Civil Veterinary Department ledger series I-VI
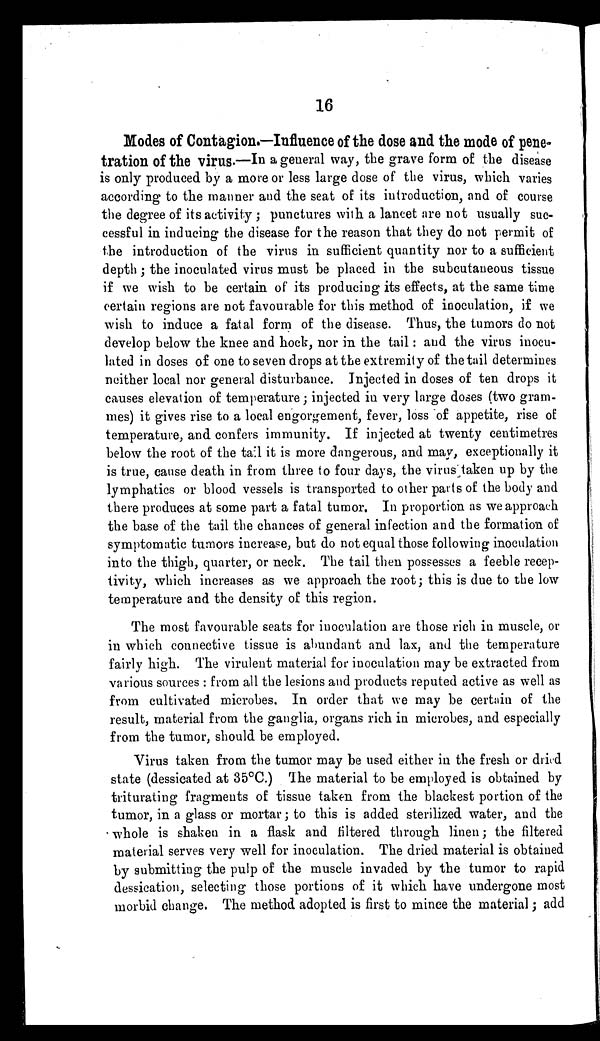
16
Modes of Contagion.—Influence of the dose and the mode of pene-
tration of the virus.—In a general way, the grave form of the disease
is only produced by a more or less large dose of the virus, which varies
according to the manner and the seat of its introduction, and of course
the degree of its activity; punctures with a lancet are not usually suc-
cessful in inducing the disease for the reason that they do not permit of
the introduction of the virus in sufficient quantity nor to a sufficient
depth; the inoculated virus must be placed in the subcutaneous tissue
if we wish to be certain of its producing its effects, at the same time
certain regions are not favourable for this method of inoculation, if we
wish to induce a fatal form of the disease. Thus, the tumors do not
develop below the knee and hock, nor in the tail: and the virus inocu-
lated in doses of one to seven drops at the extremity of the tail determines
neither local nor general disturbance. Injected in doses of ten drops it
causes elevation of temperature; injected in very large doses (two gram-
mes) it gives rise to a local engorgement, fever, loss of appetite, rise of
temperature, and confers immunity. If injected at twenty centimetres
below the root of the tail it is more dangerous, and may, exceptionally it
is true, cause death in from three to four days, the virus taken up by the
lymphatics or blood vessels is transported to other parts of the body and
there produces at some part a fatal tumor. In proportion as we approach
the base of the tail the chances of general infection and the formation of
symptomatic tumors increase, but do not equal those following inoculation
into the thigh, quarter, or neck. The tail then possesses a feeble recep-
tivity, which increases as we approach the root; this is due to the low
temperature and the density of this region.
The most favourable seats for inoculation are those rich in muscle, or
in which connective tissue is abundant and lax, and the temperature
fairly high. The virulent material for inoculation may be extracted from
various sources: from all the lesions and products reputed active as well as
from cultivated microbes. In order that we may be certain of the
result, material from the ganglia, organs rich in microbes, and especially
from the tumor, should be employed.
Virus taken from the tumor may be used either in the fresh or dried
state (dessicated at 35°C.) The material to be employed is obtained by
triturating fragments of tissue taken from the blackest portion of the
tumor, in a glass or mortar; to this is added sterilized water, and the
whole is shaken in a flask and filtered through linen; the filtered
material serves very well for inoculation. The dried material is obtained
by submitting the pulp of the muscle invaded by the tumor to rapid
dessication, selecting those portions of it which have undergone most
morbid change. The method adopted is first to mince the material; add